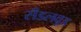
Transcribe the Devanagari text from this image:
सँडलवूड